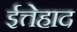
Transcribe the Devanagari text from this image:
ईत्तेहाद